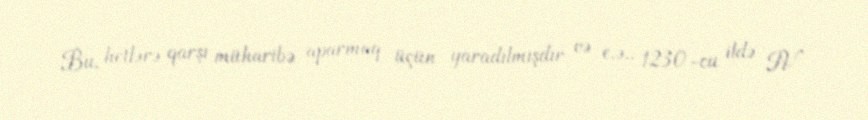
Bu, hetlərə qarşı müharibə aparmaq üçün yaradılmışdır və e.ə.. 1230-cu ildə IV